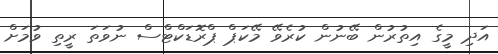
އަދި މީގެ އިތުރުން ބޭނުން ކުރެވޭ މޭކަޕް ޕްރޮޑަކްޓްސް ނުވަތަ ރީތި ވުމަށް